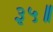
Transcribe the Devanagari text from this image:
३५॥